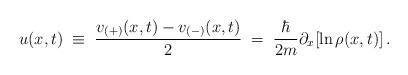
\begin{align*}u(x,t) \; \equiv \; \frac{v_{(+)}(x,t) - v_{(-)}(x,t)}{2} \; = \;\frac{\hbar}{2m}\partial_{x}[\ln\rho(x,t)] \, .\end{align*}